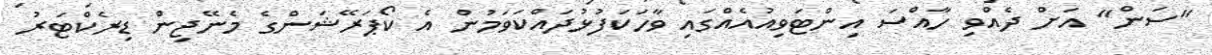
"ސަން" އަށް ދެއްވި ހާއްސަ އިންޓަވިއުއެއްގައި ވާހަކަފުޅުދައްކަވަމުން އެ ކޯޕަރޭޝަންގެ މެނޭޖިން ޑިރެކްޓަރު